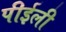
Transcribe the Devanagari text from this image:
पीईली